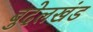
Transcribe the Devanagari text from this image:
बुदेलखंड